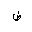
Letter: _dad